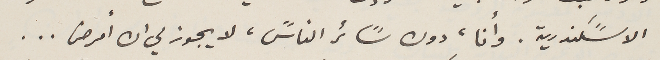
الاسًكندرية. وأنا، دون سًائر الناسً، لا يجوز لي ان أمرض ...